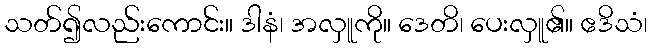
သတ်၍လည်းကောင်း။ ဒါနံ၊ အလှူကို။ ဒေတိ၊ ပေးလှူ၏။ ဧဒိသံ၊